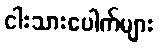
ငါးသားပေါက်များ